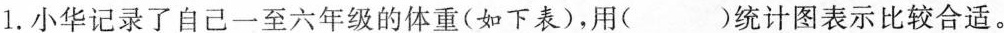
1. 小华记录了自己一至六年级的体重(如下表)，用( )统计图表示比较合适。